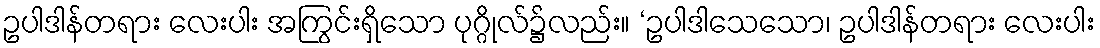
ဥပါဒါန်တရား လေးပါး အကြွင်းရှိသော ပုဂ္ဂိုလ်၌လည်း။ ‘ဥပါဒါသေသော၊ ဥပါဒါန်တရား လေးပါး